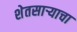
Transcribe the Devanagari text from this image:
शेतसार्‍याचा